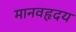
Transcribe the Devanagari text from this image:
मानवहृदय